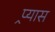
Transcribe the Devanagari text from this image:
प्र्यास